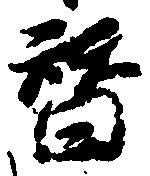
替